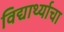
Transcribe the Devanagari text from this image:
विद्यार्थ्याचा